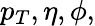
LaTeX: p_{T},\eta,\phi,